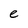
Character: e